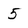
Character: 5